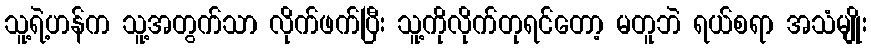
သူ့ရဲ့ဟန်က သူ့အတွက်သာ လိုက်ဖက်ပြီး သူ့ကိုလိုက်တုရင်တော့ မတူဘဲ ရယ်စရာ အသံမျိုး